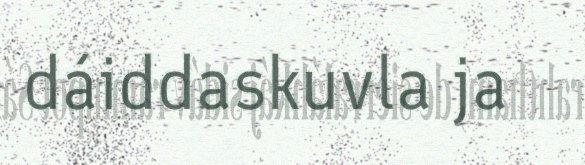
dáiddaskuvla ja